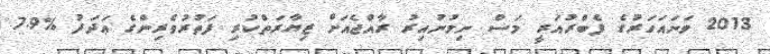
2013 ވަނައަހަރުގެ ފެބްރުއަރީ މަސް ނިމުނުއިރު ރާއްޖެއަށް ޒިޔާރަތްކުރި ފަތުރުވެރިންގެ ޢަދަދު %7.9